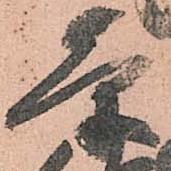
条